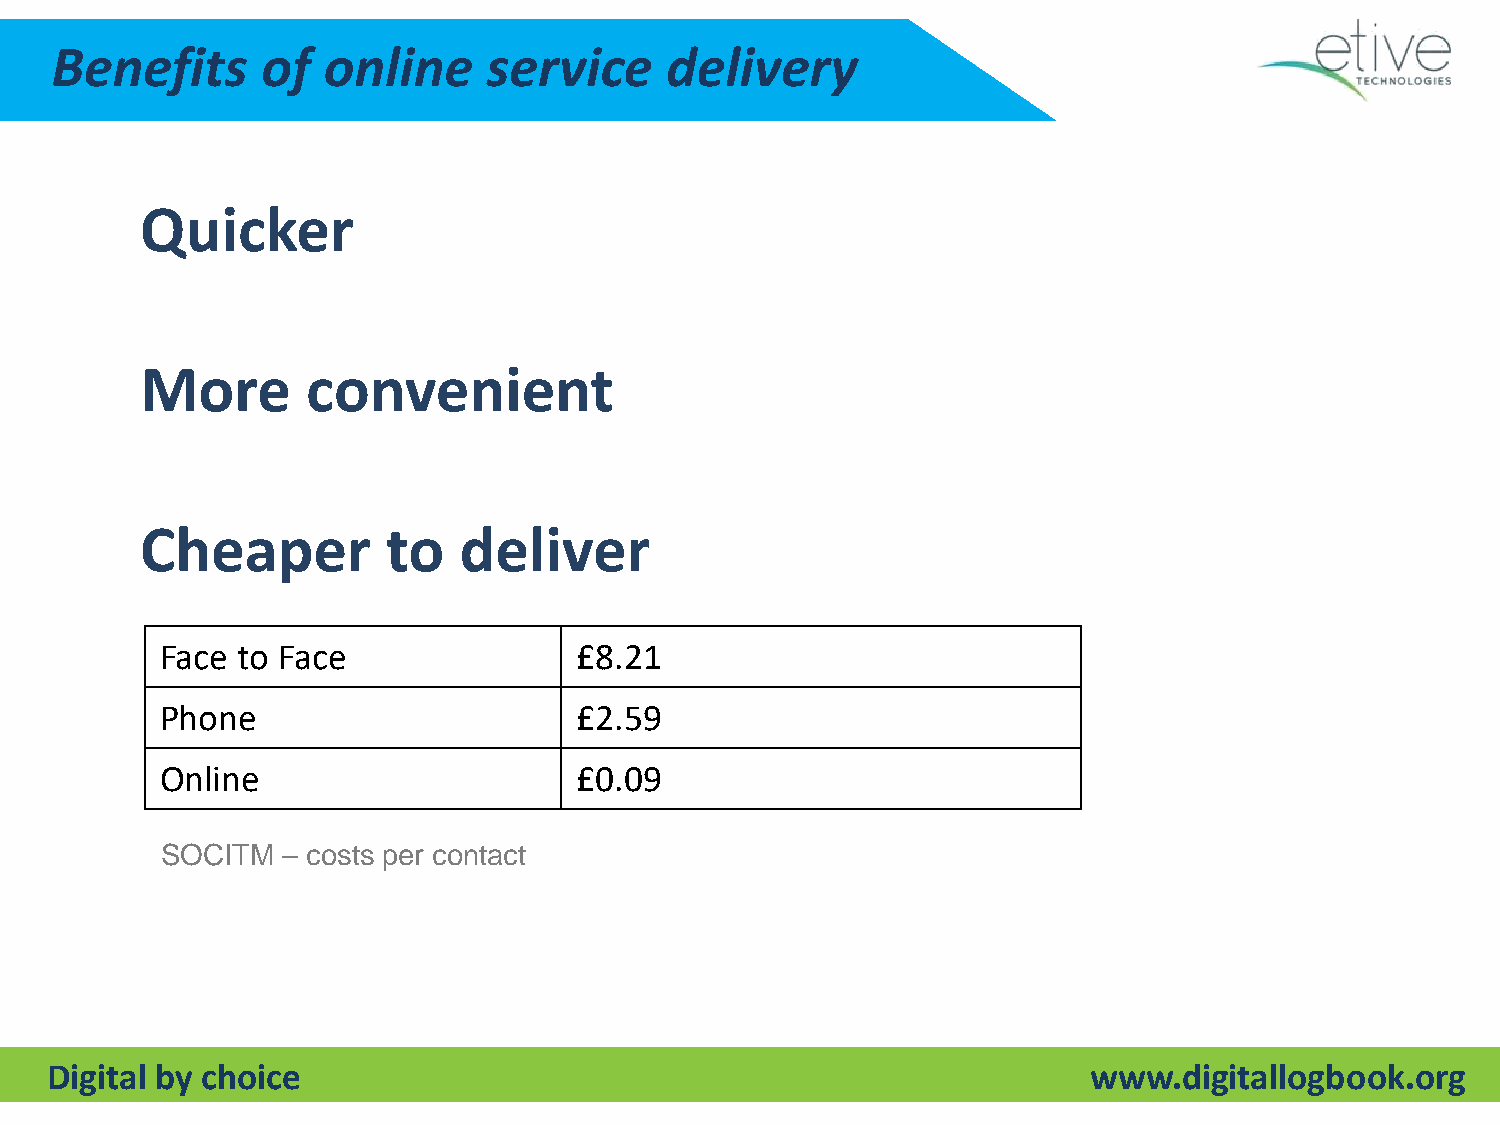
Benefits      of  online     service     delivery
 Quicker
 More       convenient
 Cheaper          to  deliver
 Face to Face               £8.21
 Phone                      £2.59
 Online                     £0.09
 SOCITM  – costs per contact
 Digital by choice                                                    www.digitallogbook.org